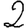
Digit: 2